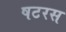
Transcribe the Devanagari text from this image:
षटरस